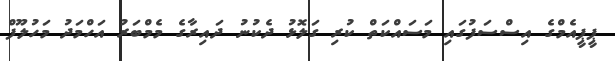
ޕީޕީއެމްގެ އިސްސަފުގައި މަސައްކަތް ކުރި ގަލޮޅު ދެކުނު ދައިރާގެ މެމްބަރު އަހްމަދު މަހުލޫފް